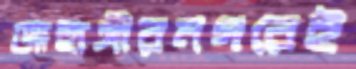
জাহাঙ্গীরনগরেই